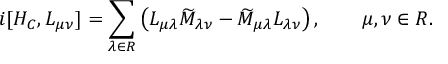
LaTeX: i [ { \cal H } _ { C } , L _ { \mu \nu } ] = \sum _ { \lambda \in { \cal R } } \left( L _ { \mu \lambda } \widetilde { M } _ { \lambda \nu } - \widetilde { M } _ { \mu \lambda } L _ { \lambda \nu } \right) , \qquad \mu , \nu \in { \cal R } .